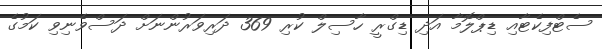
ސެޓްފިކެޓާއި ޑިޕްލޮމާ އަދި ޑިގްރީ ހާސިލް ކުރި 369 ދަރިވަރުންނަށް ދަސްވެނިވި ކަމުގެ